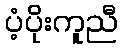
ပံ့ပိုးကူညီ